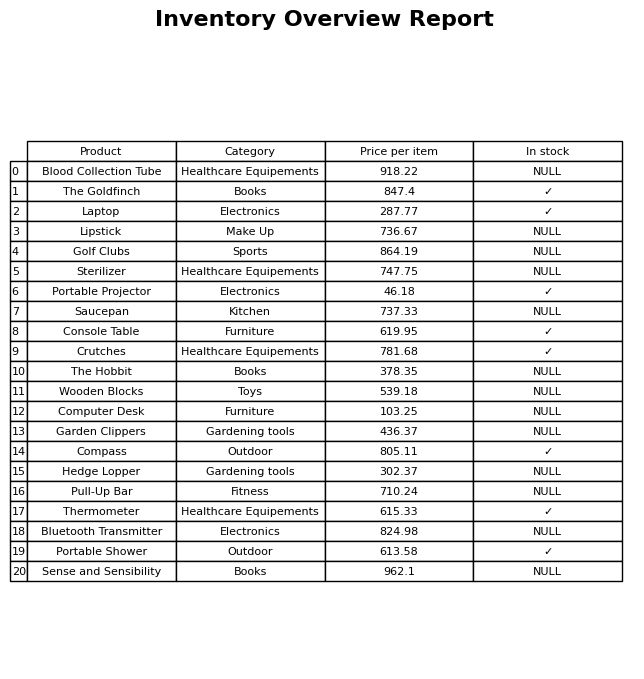
question: What is the price for Portable Shower?
answer: The price of Portable Shower is 613.58.